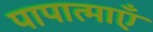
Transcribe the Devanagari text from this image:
पापात्माएँ